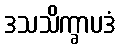
ဒသသိက္ခာပဒံ